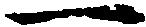
一